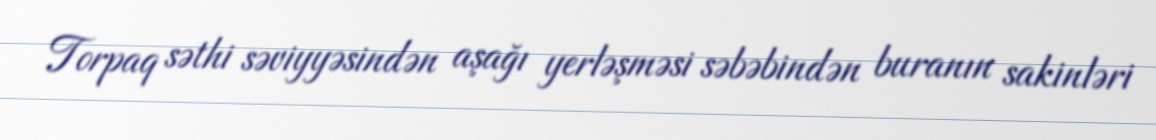
Torpaq səthi səviyyəsindən aşağı yerləşməsi səbəbindən buranın sakinləri